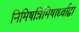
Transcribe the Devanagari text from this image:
निमिषन्निमिषार्ध्वाद्वा